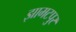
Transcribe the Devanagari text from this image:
झामटपुर